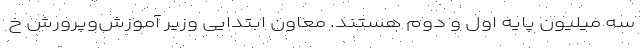
سه میلیون پایه اول و دوم هستند. معاون ابتدایی وزیر آموزش‌وپرورش خ